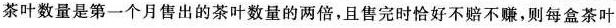
茶叶数量是第一个月售出的茶叶数量的两倍，且售完时恰好不赔不赚，则每盒茶叶